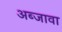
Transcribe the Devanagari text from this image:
अब्जावा